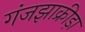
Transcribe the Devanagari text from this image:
गंजझाक्रीड़ा